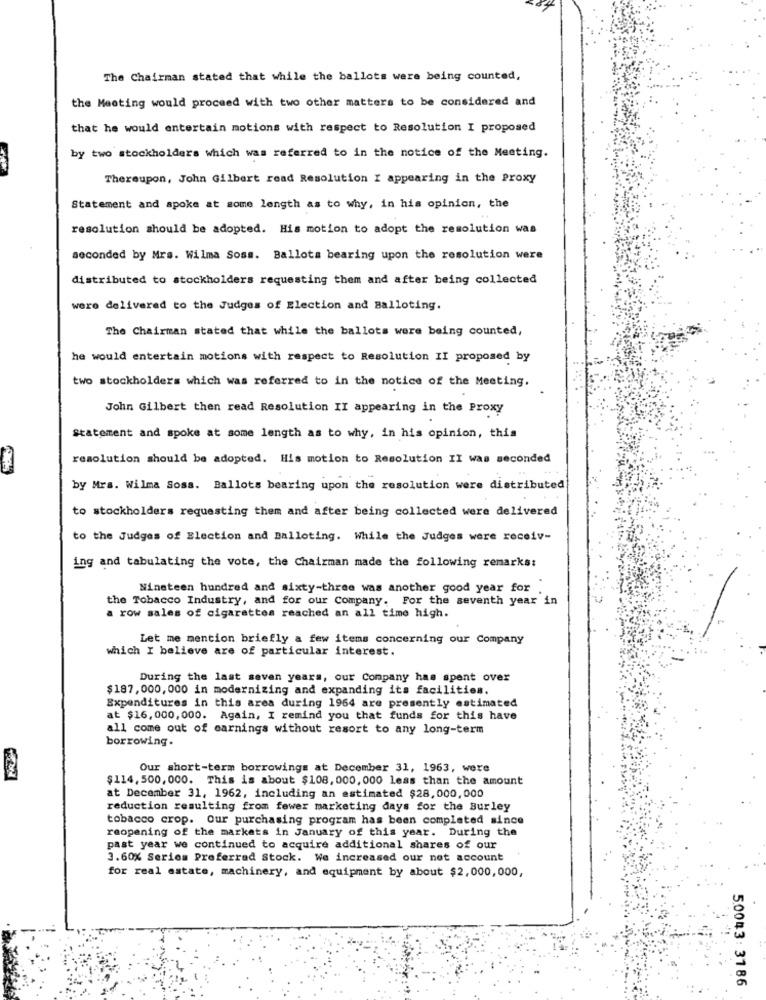
The Chairman stated that while the ballots were being counted,
the Meeting would proceed with two other matters to be considered and
that he would entertain motions with respect to Resolution I proposed
by two stockholders which was referred to in the notice of the Meeting.
Thereupon, John Gilbert read Resolution I appearing in the Proxy
Statement and spoke at some length as to why, in his opinion, the
resolution should be adopted. His motion to adopt the resolution was
seconded by Mrs. Wilma Soss. Ballots bearing upon the resolution were
distributed to stockholders requesting them and after being collected
were delivered to the Judges of Election and Balloting.
The Chairman stated that while the ballots were being counted,
he would entertain motions with respect to Resolution II proposed by
two stockholders which was referred to in the notice of the Meeting.
John Gilbert then read Resolution II appearing in the Proxy
Statement and spoke at some length as to why, in his opinion, this
resolution should be adopted. His motion to Resolution II was seconded
by Mrs. Wilma Soss. Ballots bearing upon the resolution were distributed
to stockholders requesting them and after being collected were delivered
to the Judges of Election and Balloting. While the Judges were receiv-
ing and tabulating the vote, the Chairman made the following remarks:
Nineteen hundred and sixty-three was another good year for
the Tobacco Industry, and for our Company. For the seventh year in
a row sales of cigarettes reached an all time high.
Let me mention briefly a few items concerning our Company
which I believe are of particular interest.
During the last seven years, our Company has spent over
$187,000, 000 in modernizing and expanding its facilities.
Expenditures in this area during 1964 are presently estimated
at $16,000, 000. Again, I remind you that funds for this have
all come out of earnings without resort to any long-term
borrowing.
Our short-term borrowings at December 31, 1963, were
$114, 500, 000. This is about $108, 000, 000 less than the amount
at December 31, 1962, including an estimated $28,000,000
reduction resulting from fewer marketing days for the Burley
tobacco crop. Our purchasing program has been completed since
reopening of the markets in January of this year. During the
past year we continued to acquire additional shares of our
3.60% Series Preferred Stock. We increased our net account
for real estate, machinery, and equipment by about $2,000, 000,
5.0043: 3186